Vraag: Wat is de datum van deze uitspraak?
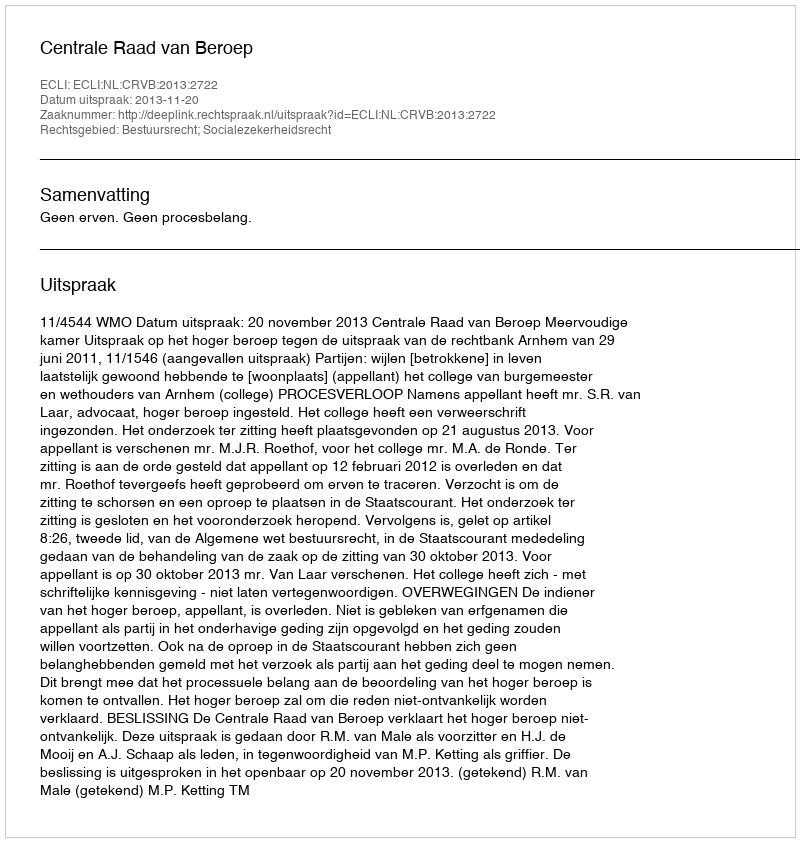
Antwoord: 2013-11-20